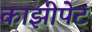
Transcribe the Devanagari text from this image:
काझीपेट